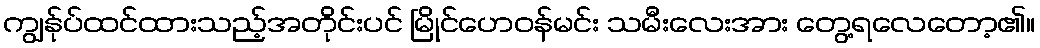
ကျွန်ုပ်ထင်ထားသည့်အတိုင်းပင် မြိုင်ဟေဝန်မင်း သမီးလေးအား တွေ့ရလေတော့၏။